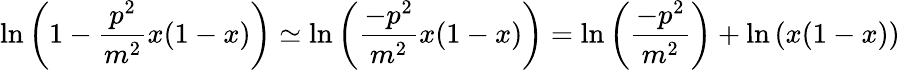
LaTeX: \ln\left(1-\frac{p^{2}}{m^{2}}x(1-x)\right)\simeq\ln\left(\frac{-p^{2}}{m^{2}}x(1-x)\right)=\ln\left(\frac{-p^{2}}{m^{2}}\right)+\ln\left(x(1-x)\right)